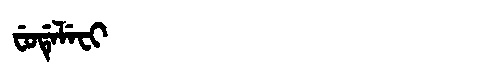
Manchu: ᠸᡠᡩᡝᠯᡝᠸᡳ
Romanization: FUDELEFI